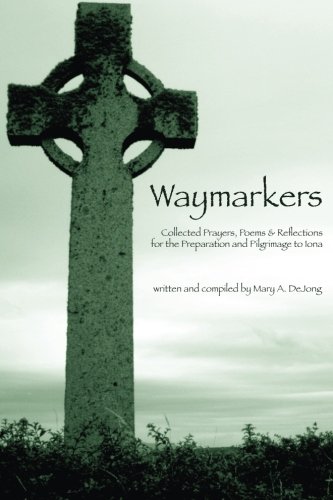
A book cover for Waymarkers: Collected Prayers, Poems & Reflections for the Pilgrimage to Iona; Mary A DeJong; Religion & Spirituality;